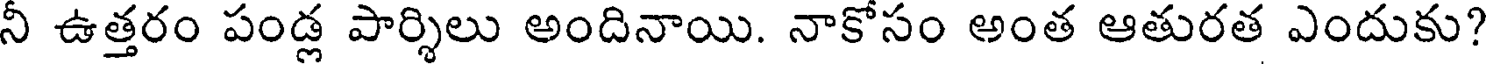
నీ ఉత్తరం పండ్ల పార్శిలు అందినాయి. నాకోసం అంత ఆతురత ఎందుకు?